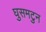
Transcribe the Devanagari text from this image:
घुसमटुन